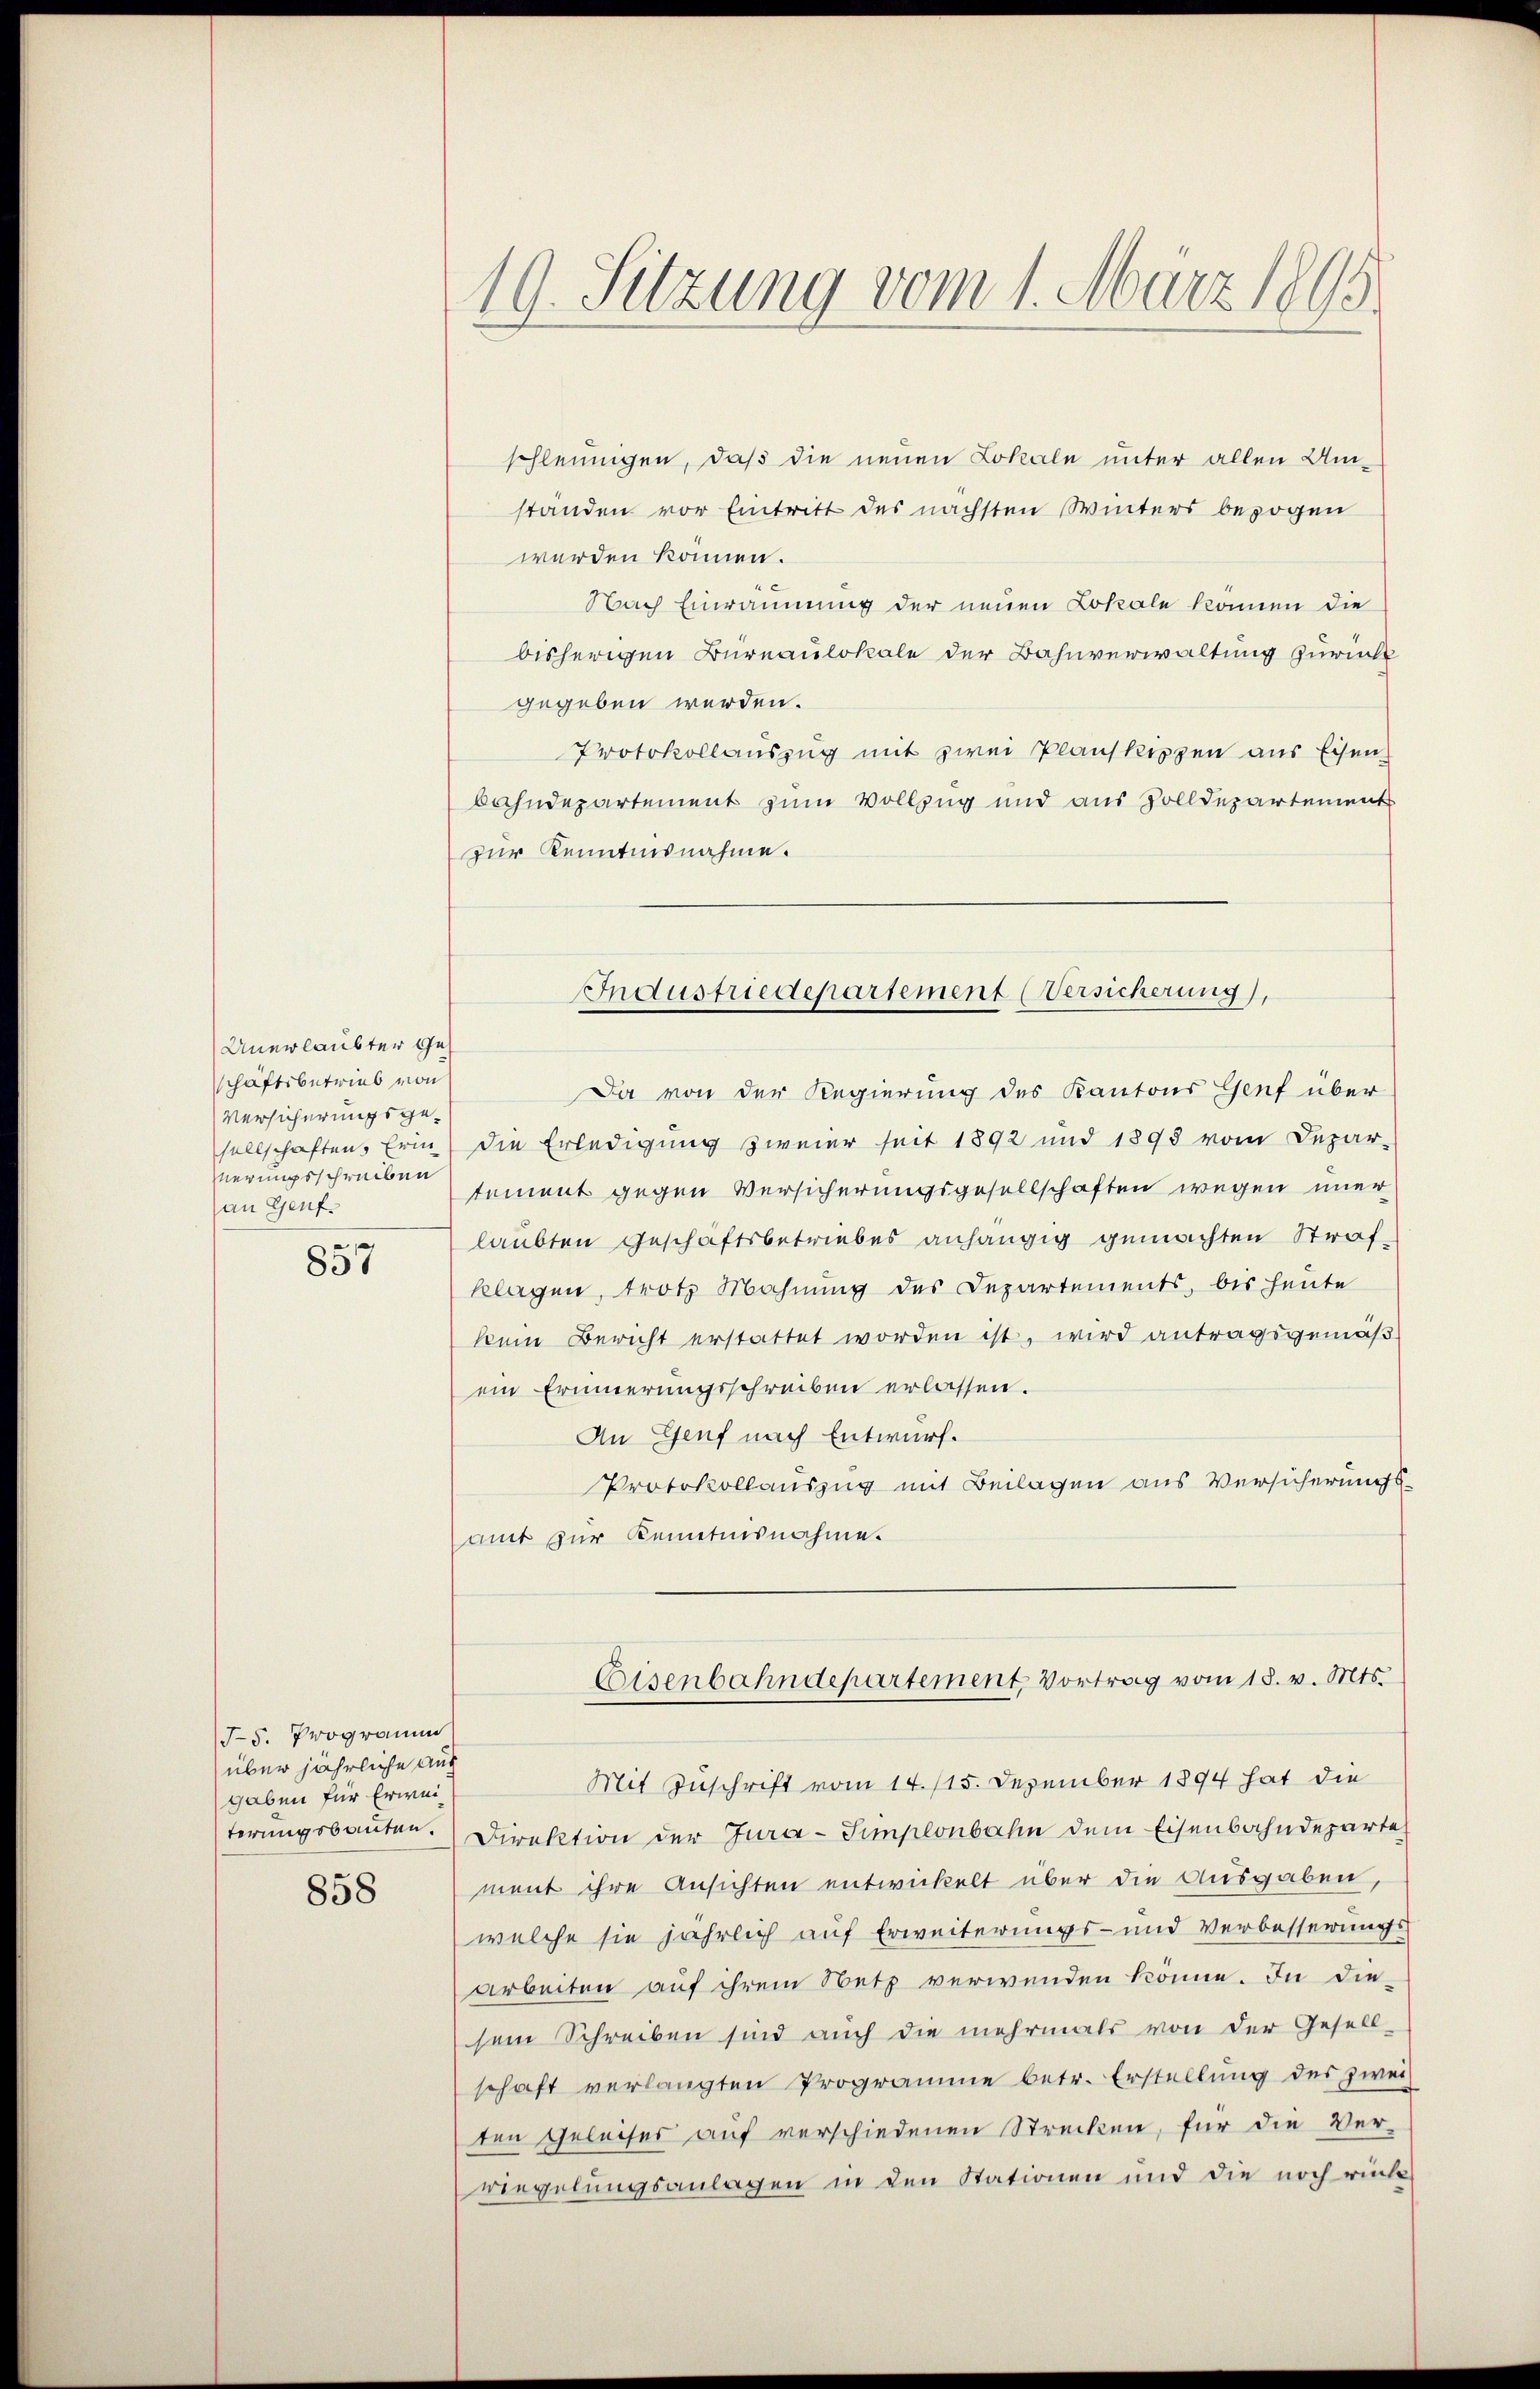
Unerlaubter Ges
schäftsbetrieb von
Versicherungsgesellschaften. Erin
nerungsschreiben
an Genf.
a

83

J5. Programm
über jährliche aus
gaben für Erweiterungsbauten.

858

19. Sitzung vom 1. März 1895.

schleunigen, daß die neuen Lokale unter allen Umständen vor Eintritt des nächsten Winters bezogen
werden können.
Nach Einräumung der neuen Lokale können die
bisherigen Bureaulokale der Bahnverwaltung zurück
gegeben werden.
Protokollauszug mit zwei Planskippen aus Eisen
bahndepartement zum Vollzug und aus Zolldepartement
zur Kenntnisnahme.
Da von der Regierung des Kantons Genf über
die Erledigung zweier seit 1892 und 1895 vom Depar-
tement gegen Versicherungsgesellschaften wegen immer
laubten Geschäftsbetriebes anhängig gemachten Strafklagen, trotz Mahnung des Departements, bis heute
kein Bericht erstattet worden ist, wird antragsgemäß
ein Erinnerungsschreiben erlassen.
An Genf nach Entwurf.
Protokollauszug mit Beilagen aus Versicherungsamt zur Kenntnisnahme.
Eisenbahndepartement, Vortrag vom 18. v. Mts.
Mit Zuschrift vom 14. 115. Dezember 1894 hat die
Direktion der Jura-Simplonbahn dem Eisenbahndeparte
ment ihre Ansichten entwickelt über die Ausgaben,
welche sie jährlich auf Erweiterungs- und Verbesserungs
arbeiten auf ihrem Netz verwenden könne. In die
sem Schreiben sind auch die mehrmals von der Gesell-
schaft verlangten Programme betr. Erstellung des zwei
ten Geleiser auf verschiedenen Strecken, für die Ver-
wiegelungsanlagen in den Stationen und die noch rück

Industriedepartement Versicherung),